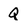
Character: Q